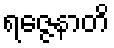
ရဇ္ဇေနာတိ